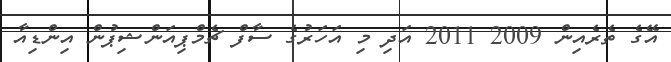
އޭގެ ތެރެއިން 2009 2011 އަދި މި އަހަރުގެ ސާފް ޗެމްޕިއަންޝިޕުން އިންޑިއާ